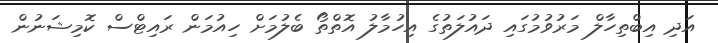
އަދި އިބްތިހާލް މަރުވުމުގައި ދައުލަތުގެ އިހުމާލު އޮތްތޯ ބެލުމަށް ހިއުމަން ރައިޓްސް ކޮމިޝަނުން